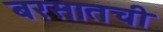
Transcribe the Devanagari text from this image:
बरसातची